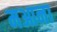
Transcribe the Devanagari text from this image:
मआना